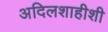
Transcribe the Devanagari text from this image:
अदिलशाहीशी